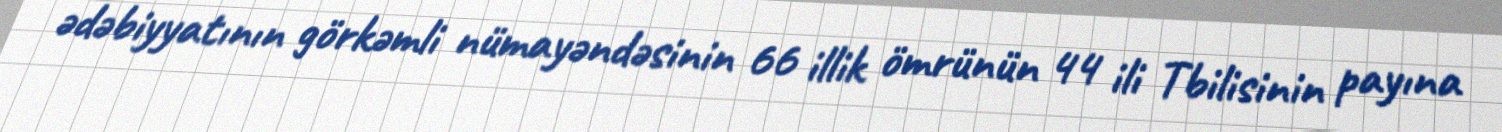
ədəbiyyatının görkəmli nümayəndəsinin 66 illik ömrünün 44 ili Tbilisinin payına